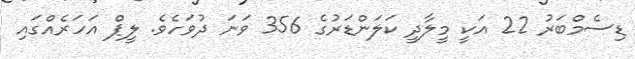
ޑިސެމްބަރު 22 އަކީ މީލާދީ ކަލަންޑަރުގެ 356 ވަނަ ދުވަހެވެ. ލީޕް އަހަރެއްގައި